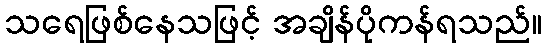
သရေဖြစ်နေသဖြင့် အချိန်ပိုကန်ရသည်။